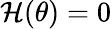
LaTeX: \mathcal{H}(\theta)=0